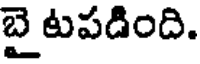
బై టపడింది.